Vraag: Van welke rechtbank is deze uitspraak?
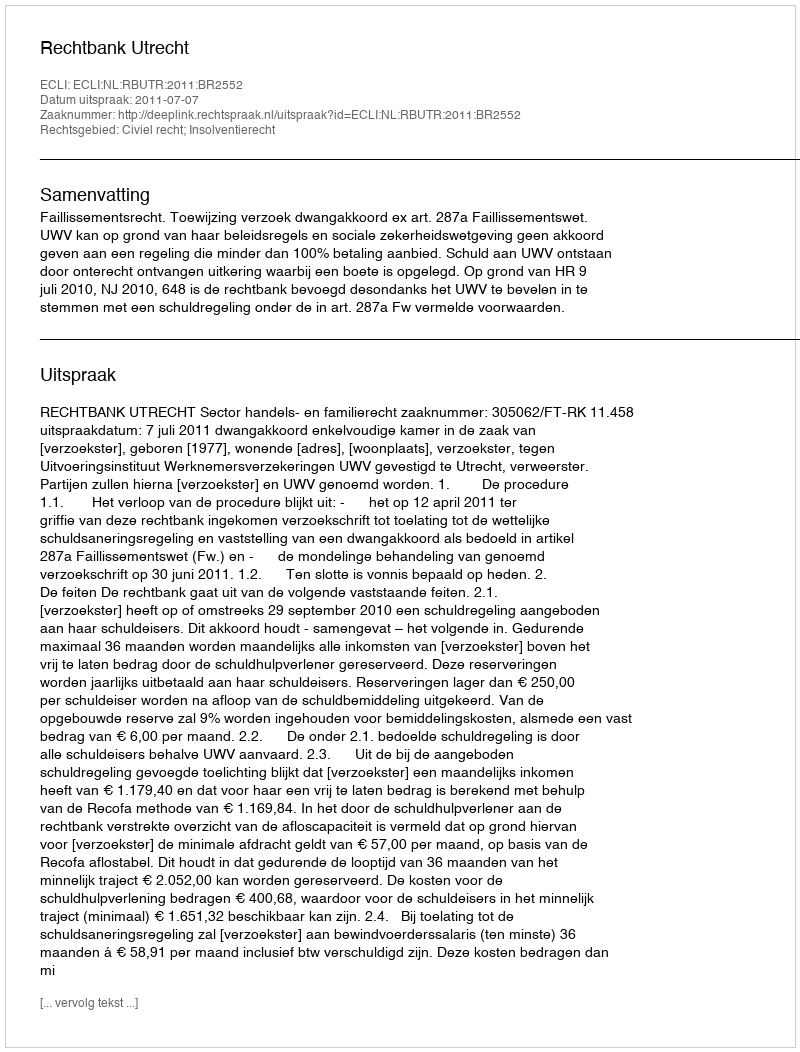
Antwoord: Rechtbank Utrecht